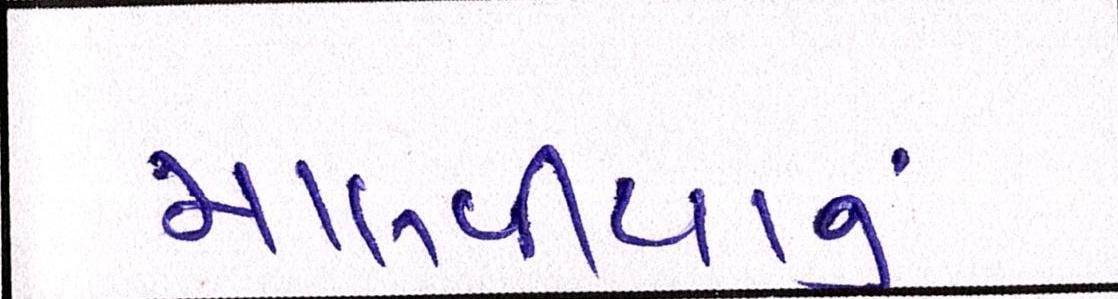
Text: માલવીયાનું